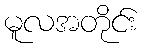
မူလအတိုင်း